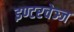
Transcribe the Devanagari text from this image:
इण्टरचेञ्ज